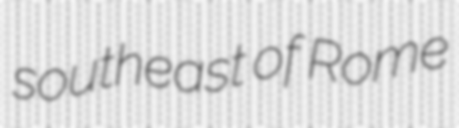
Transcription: southeast of Rome